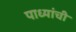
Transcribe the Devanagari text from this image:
पाध्यांची